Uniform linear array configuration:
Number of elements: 16
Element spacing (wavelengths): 0.25
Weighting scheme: cosine
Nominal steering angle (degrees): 60
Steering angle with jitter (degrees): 59.406
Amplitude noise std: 0.05
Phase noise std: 0.05

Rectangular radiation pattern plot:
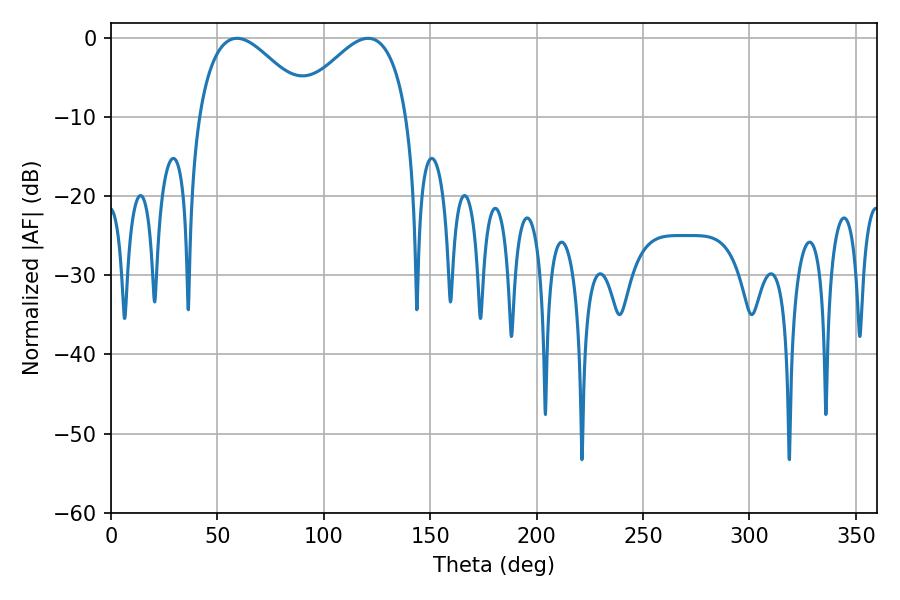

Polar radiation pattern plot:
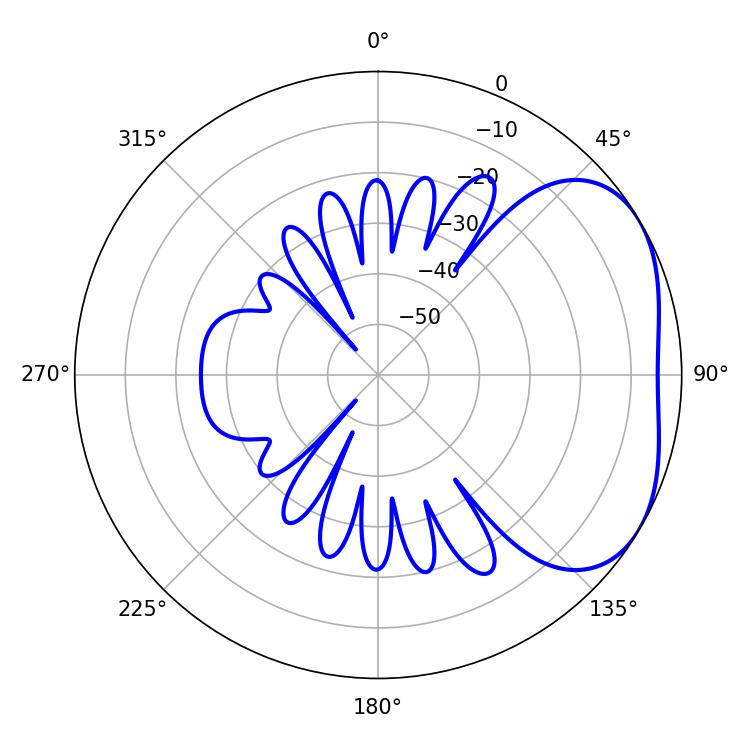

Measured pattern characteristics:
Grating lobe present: FALSE
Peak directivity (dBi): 3.336
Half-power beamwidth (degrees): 28.62
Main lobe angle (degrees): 59.22